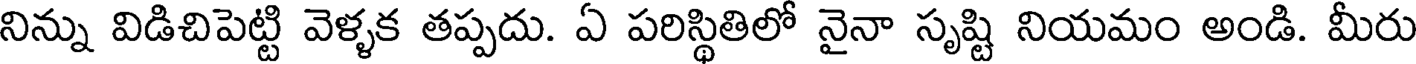
నిన్ను విడిచిపెట్టి వెళ్ళక తప్పదు. ఏ పరిస్థితిలో నైనా సృష్టి నియమం అండి. మీరు